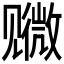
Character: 𫌭